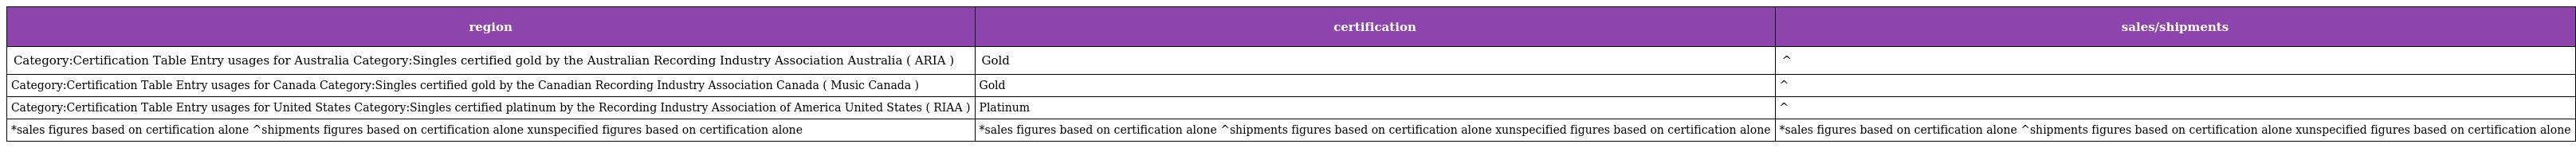
| region | certification | sales/shipments |
 | --- | --- | --- |
 | Category:Certification Table Entry usages for Australia Category:Singles certified gold by the Australian Recording Industry Association Australia ( ARIA ) | Gold | ^ |
 | Category:Certification Table Entry usages for Canada Category:Singles certified gold by the Canadian Recording Industry Association Canada ( Music Canada ) | Gold | ^ |
 | Category:Certification Table Entry usages for United States Category:Singles certified platinum by the Recording Industry Association of America United States ( RIAA ) | Platinum | ^ |
 | *sales figures based on certification alone ^shipments figures based on certification alone xunspecified figures based on certification alone | *sales figures based on certification alone ^shipments figures based on certification alone xunspecified figures based on certification alone | *sales figures based on certification alone ^shipments figures based on certification alone xunspecified figures based on certification alone |